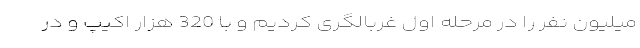
میلیون نفر را در مرحله اول غربالگری کردیم و با 320 هزار اکیپ و در